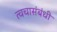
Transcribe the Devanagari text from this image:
त्वचासंबंधी